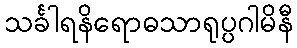
သင်္ခါရနိရောဓသာရုပ္ပဂါမိနီ